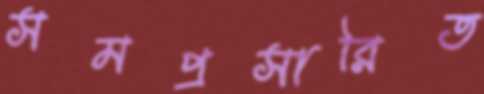
সমপ্রসারিত